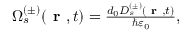
\begin{array} { r } { \Omega _ { s } ^ { ( \pm ) } ( \textbf { r } , t ) = \frac { d _ { 0 } D _ { s } ^ { ( \pm ) } ( \textbf { r } , t ) } { \hbar \varepsilon _ { 0 } } , } \end{array}